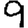
Digit: 9